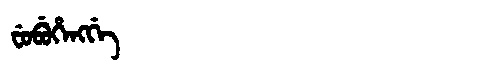
Manchu: ᠸᡠᠪᡠᡥᡝᠩᡤᡝ
Romanization: FUBUHENGGE